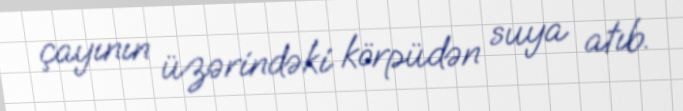
çayının üzərindəki körpüdən suya atıb.